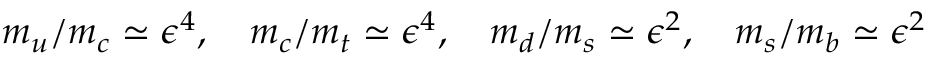
m _ { u } / m _ { c } \simeq \epsilon ^ { 4 } , \quad m _ { c } / m _ { t } \simeq \epsilon ^ { 4 } , \quad m _ { d } / m _ { s } \simeq \epsilon ^ { 2 } , \quad m _ { s } / m _ { b } \simeq \epsilon ^ { 2 }